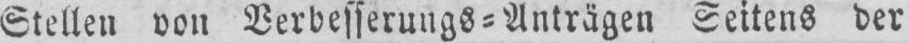
Stellen von Verbesserung⸗Anträgen Seitens der